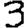
Digit: 3